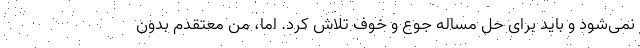
نمی‌شود و باید برای حل مساله جوع و خوف تلاش کرد. اما، من معتقدم بدون